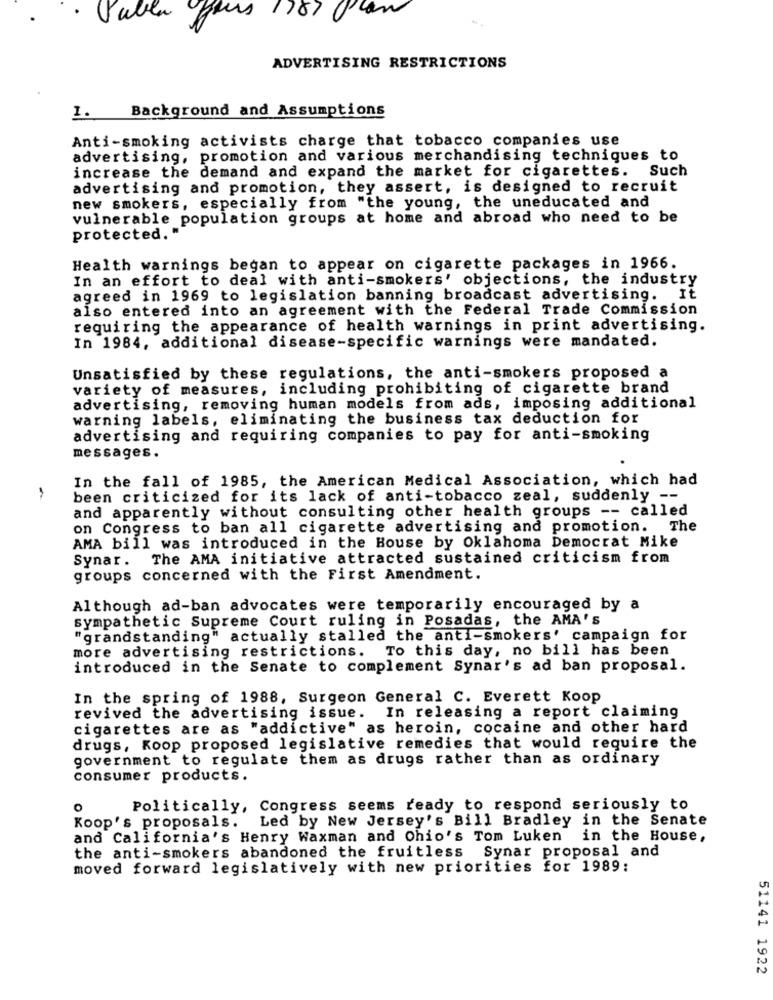
ADVERTISING RESTRICTIONS
1. Background and Assumptions
Anti-smoking activists charge that tobacco companies use
advertising, promotion and various merchandising techniques to
increase the demand and expand the market for cigarettes. Such
advertising and promotion, they assert, is designed to recruit
new smokers, especially from "the young, the uneducated and
vulnerable population groups at home and abroad who need to be
protected. "
Health warnings began to appear on cigarette packages in 1966.
In an effort to deal with anti-smokers' objections, the industry
agreed in 1969 to legislation banning broadcast advertising. It
also entered into an agreement with the Federal Trade Commission
requiring the appearance of health warnings in print advertising.
In 1984, additional disease-specific warnings were mandated.
Unsatisfied by these regulations, the anti-smokers proposed a
variety of measures, including prohibiting of cigarette brand
advertising, removing human models from ads, imposing additional
warning labels, eliminating the business tax deduction for
advertising and requiring companies to pay for anti-smoking
messages.
In the fall of 1985, the American Medical Association, which had
been criticized for its lack of anti-tobacco zeal, suddenly --
and apparently without consulting other health groups -- called
on Congress to ban all cigarette advertising and promotion. The
AMA bill was introduced in the House by Oklahoma Democrat Mike
Synar. The AMA initiative attracted sustained criticism from
groups concerned with the First Amendment.
Although ad-ban advocates were temporarily encouraged by a
sympathetic Supreme Court ruling in Posadas, the AMA's
"grandstanding" actually stalled the anti-smokers' campaign for
more advertising restrictions. To this day, no bill has been
introduced in the Senate to complement Synar's ad ban proposal.
In the spring of 1988, Surgeon General C. Everett Koop
revived the advertising issue. In releasing a report claiming
cigarettes are as "addictive" as heroin, cocaine and other hard
drugs, Koop proposed legislative remedies that would require the
government to regulate them as drugs rather than as ordinary
consumer products.
o
Politically, Congress seems ready to respond seriously to
Led by New Jersey's Bill Bradley in the Senate
Koop's proposals.
and California's Henry Waxman and Ohio's Tom Luken
in the House,
Synar proposal and
the anti-smokers abandoned the fruitless
moved forward legislatively with new priorities for 1989:
51141 1922